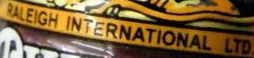
RALEIGH INTERNATIONAL LTD